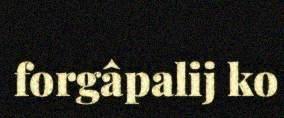
forgâpalij ko